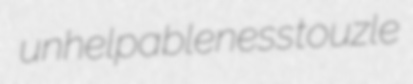
unhelpableness touzle